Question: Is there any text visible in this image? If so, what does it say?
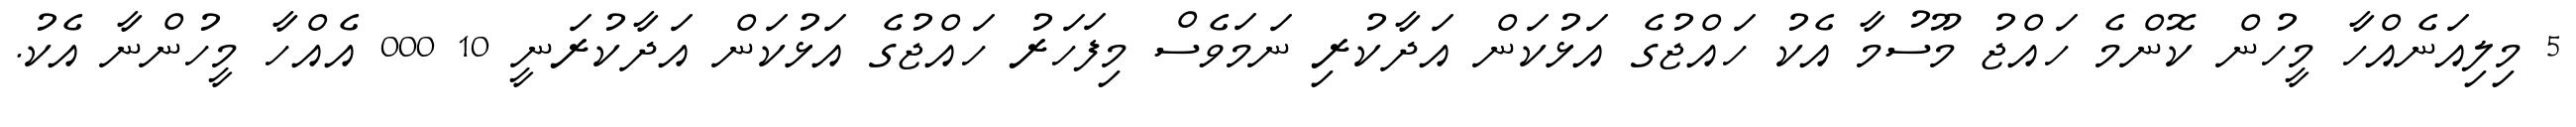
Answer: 5 މިލިއަނެއްހާ މީހުން ކޮންމެ ހައްޖު މޫސުމާ އެކު ހައްޖުގެ އަޅުކަން އަދާކުރި ނަމަވެސް މިފަހަރު ހައްޖުގެ އަޅުކަން އަދާކުރަނީ 10 000 އެއްހާ މީހުންނާ އެކު.